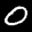
Label: 0